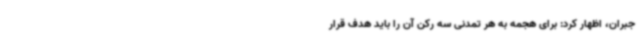
جبران، اظهار کرد: برای هجمه به هر تمدنی سه رکن آن را باید هدف قرار